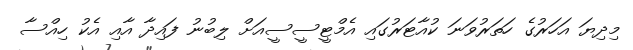
މިދިޔަ އަހަރުގެ ހަތަރުވަނަ ކުއާޓަރުގައި އެމްޓީސީސީއަށް ލިބުނު ފައިދާ އާއި އެކު ހިއްސާ